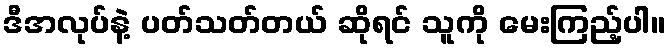
ဒီအလုပ်နဲ့ ပတ်သတ်တယ် ဆိုရင် သူကို မေးကြည့်ပါ။